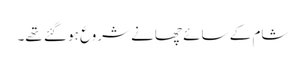
شام کے سائے چھانے شروع ہو گئے تھے۔